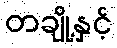
တချို့နှင့်